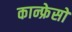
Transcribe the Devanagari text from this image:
कान्फ्रेसों